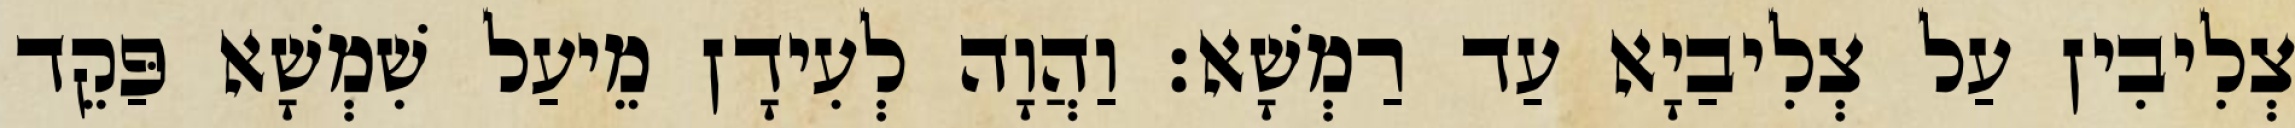
צְלִיבִין עַל צְלִיבַיָא עַד רַמְשָׁא׃ וַהֲוָה לְעִידָן מֵיעַל שִׁמְשָׁא פַּקֵד